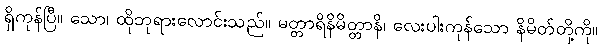
ရှိကုန်ပြီ။ သော၊ ထိုဘုရားလောင်းသည်။ မတ္တာရိနိမိတ္တာနိ၊ လေးပါးကုန်သော နိမိတ်တို့ကို။